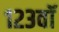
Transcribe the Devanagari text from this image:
१२३वॉ